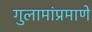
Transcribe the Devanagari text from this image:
गुलामांप्रमाणे